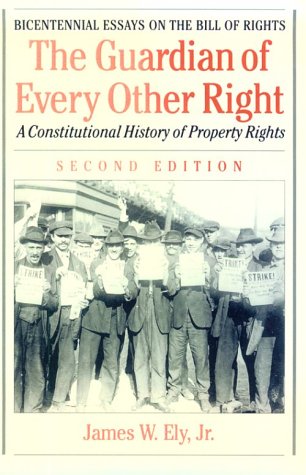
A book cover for The Guardian of Every Other Right: A Constitutional History of Property Rights (Bicentennial Essays on the Bill of Rights); James W. Ely Jr.; Law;